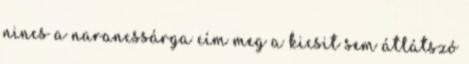
nincs a narancssárga cím meg a kicsit sem átlátszó